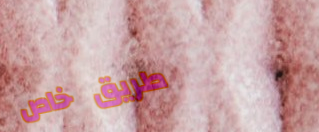
طريق خاص